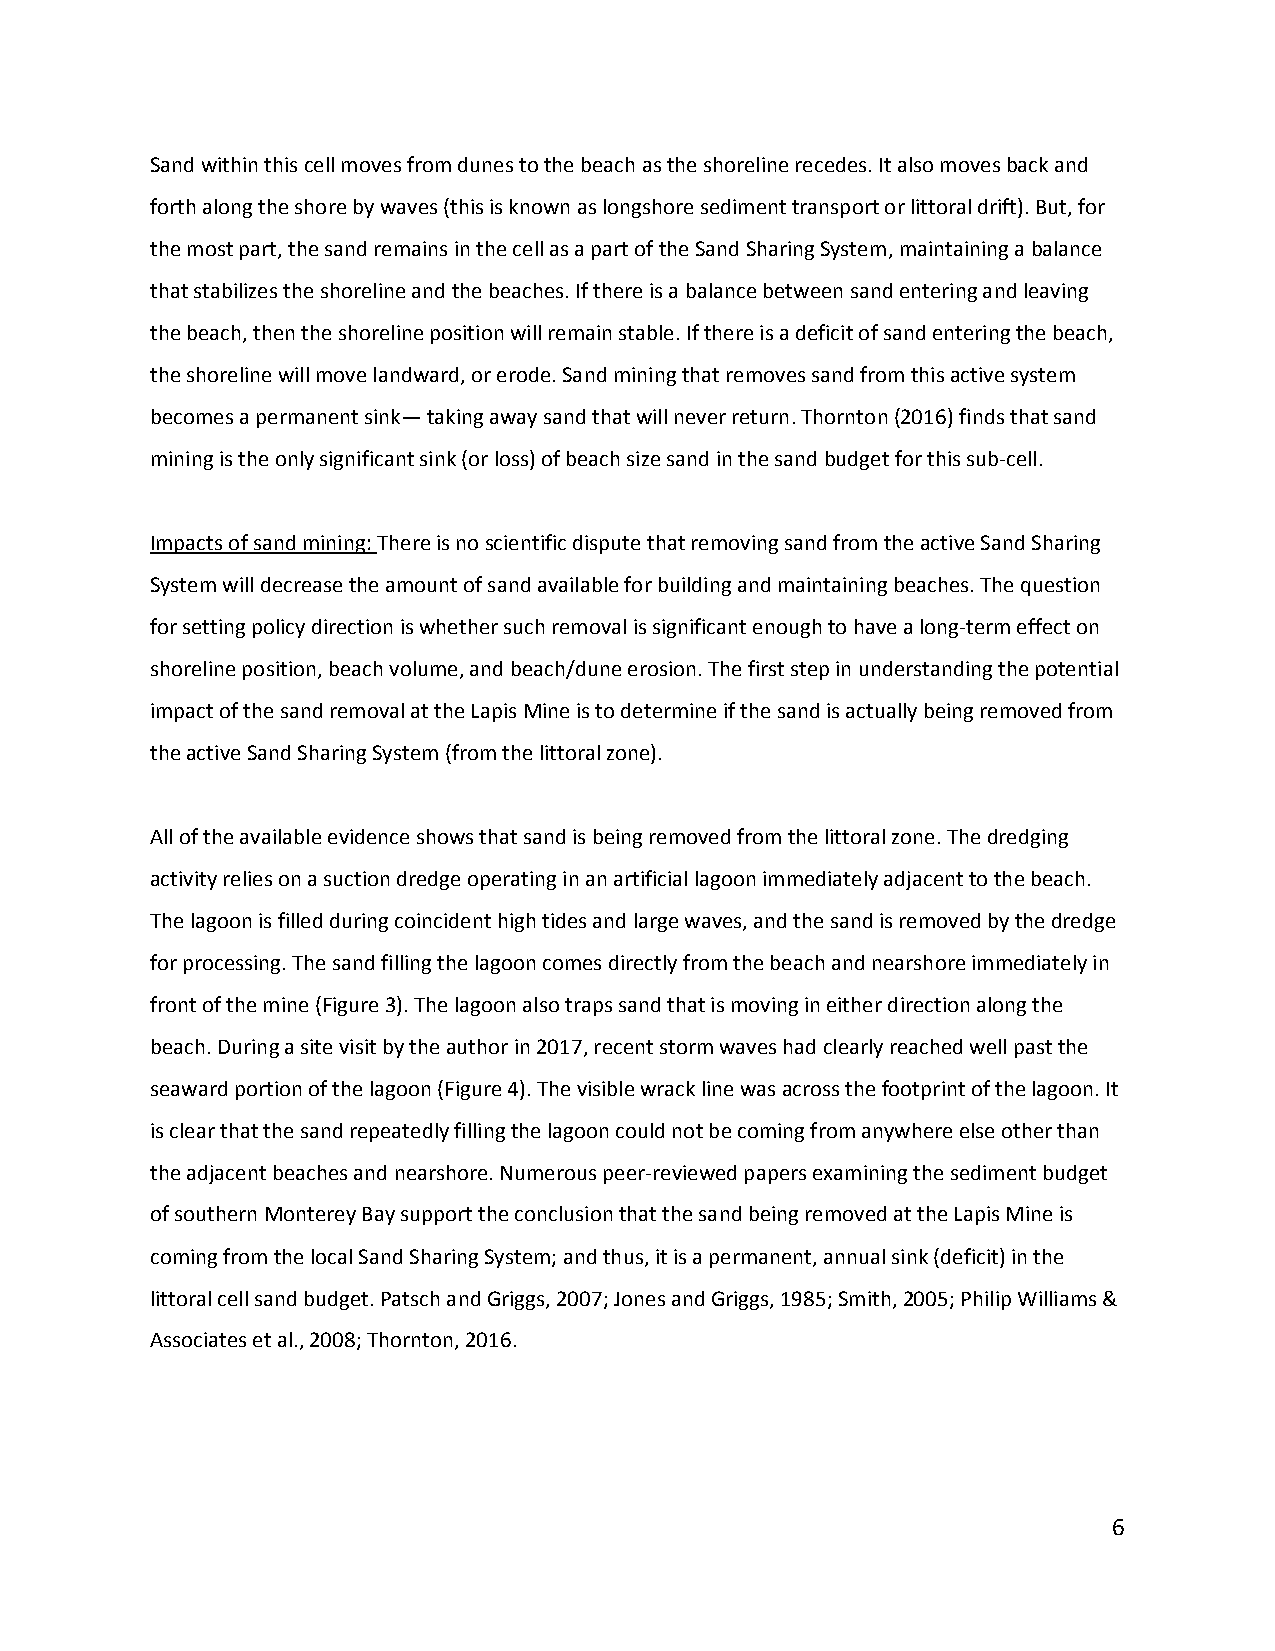
Sand within this cell moves from dunes to the beach as the shoreline recedes. It also moves back and
 forth along the shore by waves (this is known as longshore sediment transport or littoral drift). But, for
 the most part, the sand remains in the cell as a part of the Sand Sharing System, maintaining a balance
 that stabilizes the shoreline and the beaches. If there is a balance between sand entering and leaving
 the beach, then the shoreline position will remain stable. If there is a deficit of sand entering the beach,
 the shoreline will move landward, or erode. Sand mining that removes sand from this active system
 becomes a permanent sink— taking away sand that will never return. Thornton (2016) finds that sand
 mining is the only significant sink (or loss) of beach size sand in the sand budget for this sub‐cell.
 Impacts of sand mining: There is no scientific dispute that removing sand from the active Sand Sharing
 System will decrease the amount of sand available for building and maintaining beaches. The question
 for setting policy direction is whether such removal is significant enough to have a long‐term effect on
 shoreline position, beach volume, and beach/dune erosion. The first step in understanding the potential
 impact of the sand removal at the Lapis Mine is to determine if the sand is actually being removed from
 the active Sand Sharing System (from the littoral zone).
 All of the available evidence shows that sand is being removed from the littoral zone. The dredging
 activity relies on a suction dredge operating in an artificial lagoon immediately adjacent to the beach.
 The lagoon is filled during coincident high tides and large waves, and the sand is removed by the dredge
 for processing. The sand filling the lagoon comes directly from the beach and nearshore immediately in
 front of the mine (Figure 3). The lagoon also traps sand that is moving in either direction along the
 beach. During a site visit by the author in 2017, recent storm waves had clearly reached well past the
 seaward portion of the lagoon (Figure 4). The visible wrack line was across the footprint of the lagoon. It
 is clear that the sand repeatedly filling the lagoon could not be coming from anywhere else other than
 the adjacent beaches and nearshore. Numerous peer‐reviewed papers examining the sediment budget
 of southern Monterey Bay support the conclusion that the sand being removed at the Lapis Mine is
 coming from the local Sand Sharing System; and thus, it is a permanent, annual sink (deficit) in the
 littoral cell sand budget. Patsch and Griggs, 2007; Jones and Griggs, 1985; Smith, 2005; Philip Williams &
 Associates et al., 2008; Thornton, 2016.
 6